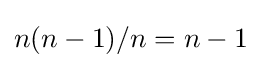
n(n-1)/n=n-1